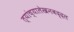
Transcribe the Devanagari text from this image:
त्यांच्यालेखनबद्दल